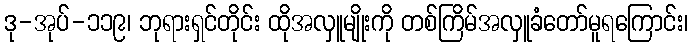
ဒု-အုပ်-၁၁၉၊ ဘုရားရှင်တိုင်း ထိုအလှူမျိုးကို တစ်ကြိမ်အလှူခံတော်မူရကြောင်း၊